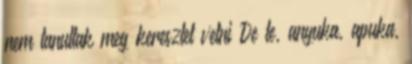
nem tanultak meg keresztet vetni De te, anyuka, apuka,